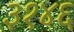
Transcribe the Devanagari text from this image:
३१४६